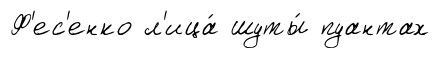
Ф'ес'енко л'ица́ шуты́ пуантах